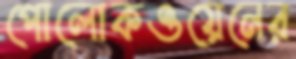
পোলোকওয়েনের